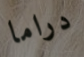
دراما